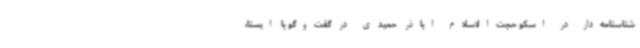
شناسنامه‌دار در اسکو حجت‌الاسلام اباذر حمیدی در گفت‌وگو با ایسنا،